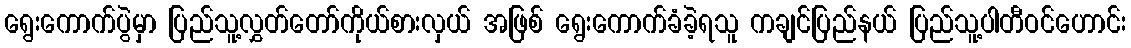
ရွေးကောက်ပွဲမှာ ပြည်သူ့လွှတ်တော်ကိုယ်စားလှယ် အဖြစ် ရွေးကောက်ခံခဲ့ရသူ ကချင်ပြည်နယ် ပြည်သူ့ပါတီဝင်ဟောင်း